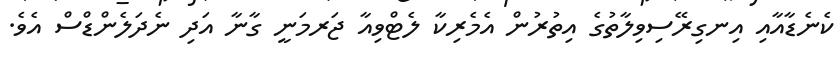
ކެނެޑާއާއި އިނގިރޭސިވިލާތުގެ އިތުރުން އެމެރިކާ ލެޓްވިއާ ޖަރމަނީ ގާނާ އަދި ނެދަލެންޑްސް އެވެ.